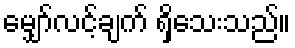
မျှော်လင့်ချက် ရှိသေးသည်။